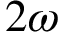
2 \omega